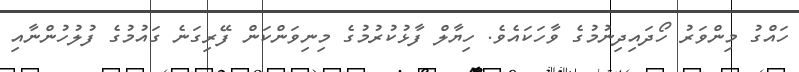
ހައްގު މިންވަރު ހޯދައިދިނުމުގެ ވާހަކައެވެ. ހިޔާލް ފާޅުކުރުމުގެ މިނިވަންކަން ފޭރިގަނެެ ގައުމުގެ ފުލުހުންނާއި